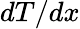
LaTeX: dT/dx